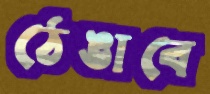
ঠেঙাবে